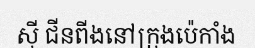
ស៊ី ជីនពីងនៅក្រុងប៉េកាំង